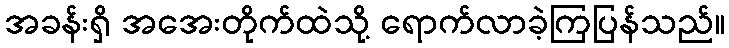
အခန်းရှိ အအေးတိုက်ထဲသို့ ရောက်လာခဲ့ကြပြန်သည်။